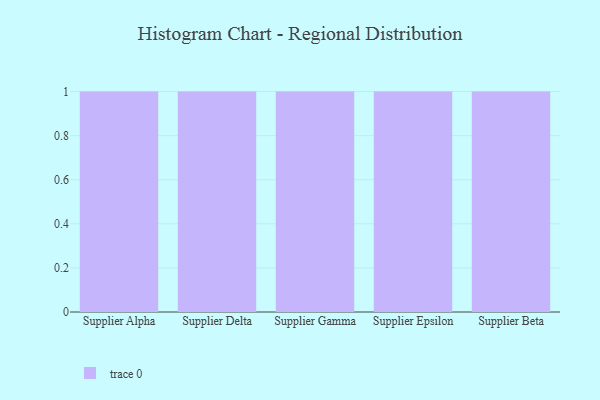
{"axis": {"x": "Supplier", "y": "Market Share (%)"}, "legend": [""], "data": [{"x": "Supplier Alpha", "y": 71, "type": ""}, {"x": "Supplier Delta", "y": 91, "type": ""}, {"x": "Supplier Gamma", "y": 81, "type": ""}, {"x": "Supplier Epsilon", "y": 26, "type": ""}, {"x": "Supplier Beta", "y": 55, "type": ""}]}